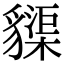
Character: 䝣